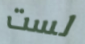
لست